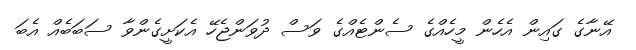
އޭނާގެ ގައިން އެހެން މީހެއްގެ ސެންޓެއްގެ ވަސް ދުވަންޖެހޭ އެކަށީގެންވާ ސަބަބެއް އެބަ